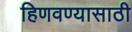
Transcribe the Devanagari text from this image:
हिणवण्यासाठी